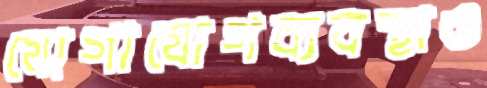
যোগাযোগব্যবস্থাও